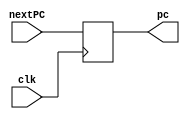
`timescale 1ns / 1ps
//////////////////////////////////////////////////////////////////////////////////
// Company: 
// Engineer: 
// 
// Design Name: 
// Module Name: progam_counter
// Project Name: 
// Target Devices: 
// Tool Versions: 
// Description: 
// 
// Dependencies: 
// 
// Revision:
// Revision 0.01 - File Created
// Additional Comments:
// 
//////////////////////////////////////////////////////////////////////////////////


module progam_counter(nextPC, clk, pc);
    input wire clk;
    input wire [31:0] nextPC;
    output reg [31:0] pc;
    
    initial begin
        pc = 32'd100; //initalize pc to 100dec
    end
    
    
    always @(posedge clk) begin
        pc <= nextPC; //pc = nextPC
    end 

endmodule